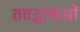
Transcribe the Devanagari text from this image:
तत्तद्भाषाओं